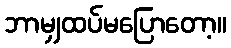
ဘာမျှထပ်မပြောတော့။